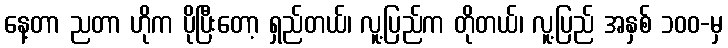
နေ့တာ ညတာ ဟိုက ပိုပြီးတော့ ရှည်တယ်၊ လူ့ပြည်က တိုတယ်၊ လူ့ပြည် အနှစ် ၁၀၀-မှ